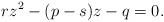
LaTeX: \begin{align*}rz^{2}-(p-s)z-q=0.\end{align*}